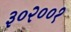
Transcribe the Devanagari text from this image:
३०२००१